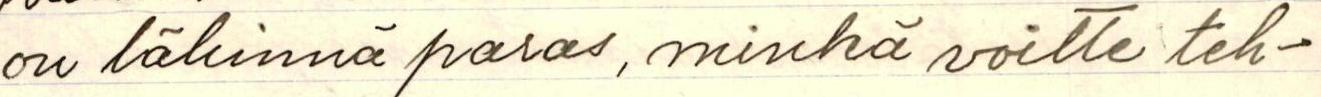
on lähinnä paras, minkä voitte teh-